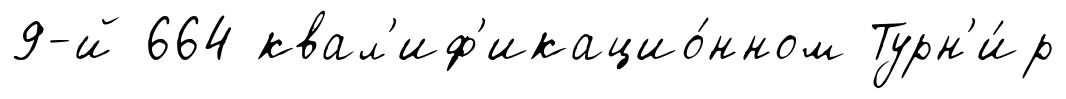
9-й 664 квал'иф'икацио́нном Турн'и́р